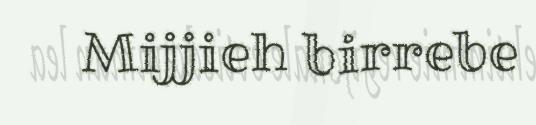
Mijjieh birrebe